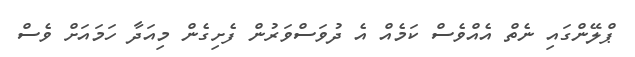
ޕްލޭންގައި ނެތް އެއްވެސް ކަމެއް އެ ދުވަސްވަރުން ފެށިގެން މިއަދާ ހަމައަށް ވެސް